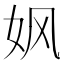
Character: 㚯